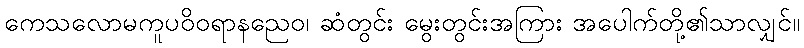
ကေသလောမကူပဝိဝရာနညေဝ၊ ဆံတွင်း မွေးတွင်းအကြား အပေါက်တို့၏သာလျှင်။